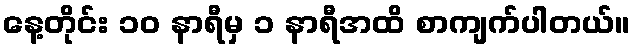
နေ့တိုင်း ၁၀ နာရီမှ ၁ နာရီအထိ စာကျက်ပါတယ်။